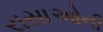
રાસાઓની